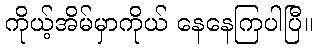
ကိုယ့်အိမ်မှာကိုယ် နေနေကြပါပြီ။